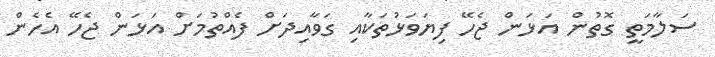
ސަލާމަތީ ގޮތުން އަޅަން ޖެހޭ ފިޔަވަޅުތަކާއި ގަވާއިދަށް ފެއްތުމަށް އަޅަން ޖެހޭ އެހެން